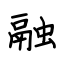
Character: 融